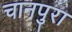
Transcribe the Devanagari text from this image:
चानपुरा